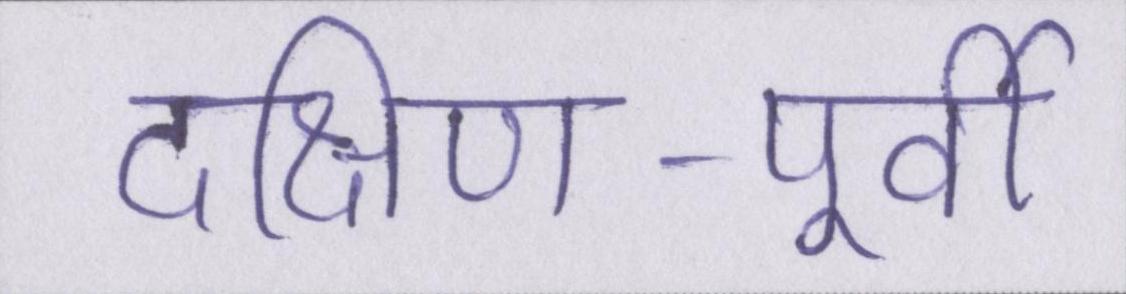
दक्षिण-पूर्वी